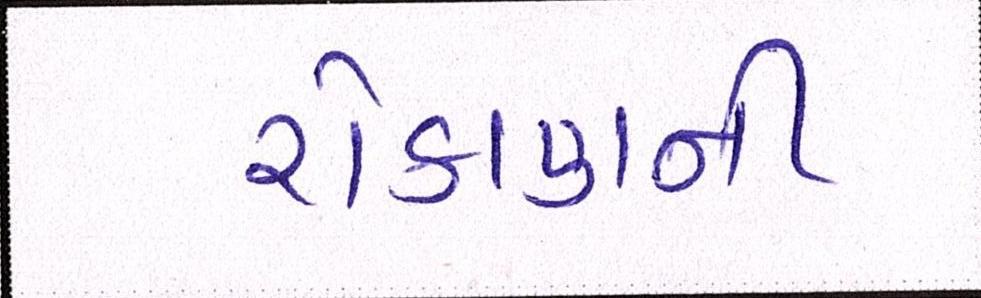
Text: રોકાણની